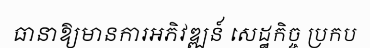
ធានាឱ្យមានការអភិវឌ្ឍន៍ សេដ្ឋកិច្ច ប្រកប